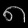
Digit: ၈